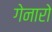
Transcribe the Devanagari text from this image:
गेनारो